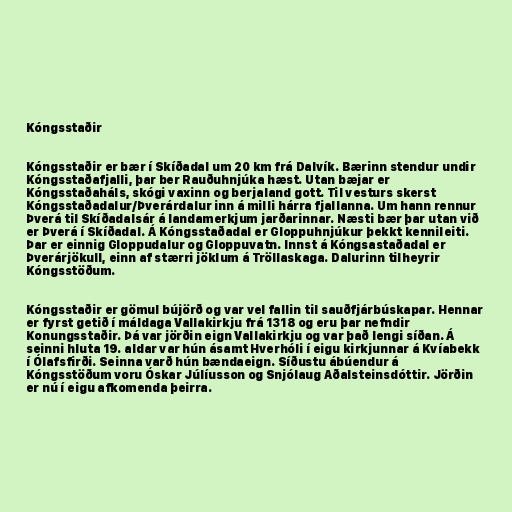
Kóngsstaðir

Kóngsstaðir er bær í Skíðadal um 20 km frá Dalvík. Bærinn stendur undir
Kóngsstaðafjalli, þar ber Rauðuhnjúka hæst. Utan bæjar er
Kóngsstaðaháls, skógi vaxinn og berjaland gott. Til vesturs skerst
Kóngsstaðadalur/Þverárdalur inn á milli hárra fjallanna. Um hann rennur
Þverá til Skíðadalsár á landamerkjum jarðarinnar. Næsti bær þar utan við
er Þverá í Skíðadal. Á Kóngsstaðadal er Gloppuhnjúkur þekkt kennileiti.
Þar er einnig Gloppudalur og Gloppuvatn. Innst á Kóngsastaðadal er
Þverárjökull, einn af stærri jöklum á Tröllaskaga. Dalurinn tilheyrir
Kóngsstöðum.

Kóngsstaðir er gömul bújörð og var vel fallin til sauðfjárbúskapar. Hennar
er fyrst getið í máldaga Vallakirkju frá 1318 og eru þar nefndir
Konungsstaðir. Þá var jörðin eign Vallakirkju og var það lengi síðan. Á
seinni hluta 19. aldar var hún ásamt Hverhóli í eigu kirkjunnar á Kvíabekk
í Ólafsfirði. Seinna varð hún bændaeign. Síðustu ábúendur á
Kóngsstöðum voru Óskar Júlíusson og Snjólaug Aðalsteinsdóttir. Jörðin
er nú í eigu afkomenda þeirra.